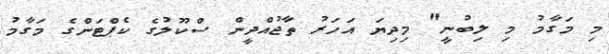
މި މަގާމު މި ލިބުނީ" މިދިޔަ އަހަރު ތާޖުއްދީން ސްކޫލުގެ ކެޕްޓަންގެ މަގާމު